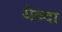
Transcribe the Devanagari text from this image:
येब्दा